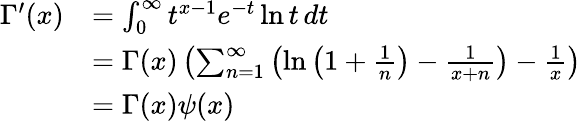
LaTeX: {\begin{array}{rl}{\Gamma^{\prime}(x)}&{=\int_{0}^{\infty}t^{x-1}e^{-t}\ln t\, dt}\\ &{=\Gamma(x)\left(\sum_{n=1}^{\infty}\left(\ln\left(1+{\frac{1}{n}}\right)-{\frac{1}{x+n}}\right)-{\frac{1}{x}}\right)}\\ &{=\Gamma(x)\psi(x)}\end{array}}